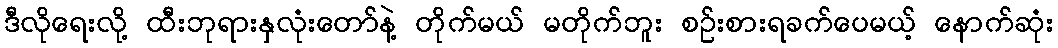
ဒီလိုရေးလို့ ထီးဘုရားနှလုံးတော်နဲ့ တိုက်မယ် မတိုက်ဘူး စဉ်းစားရခက်ပေမယ့် နောက်ဆုံး